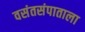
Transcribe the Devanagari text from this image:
वसंतसंपाताला